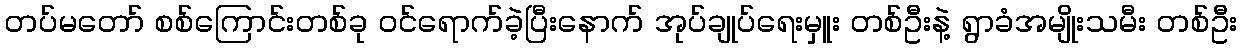
တပ်မတော် စစ်ကြောင်းတစ်ခု ဝင်ရောက်ခဲ့ပြီးနောက် အုပ်ချုပ်ရေးမှူး တစ်ဦးနဲ့ ရွာခံအမျိုးသမီး တစ်ဦး